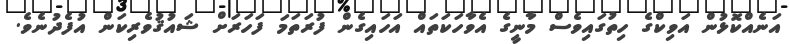
އަނެއްކޮޅުން އަވިކްގެ ހިތުގައިވެސް މާނީގެ އެވާހަކަތައް އަހައިގެން ފުރަތަމަ ފަހަރަށް ޝައުޤުވެރިކަން އުފެދުނެވެ.